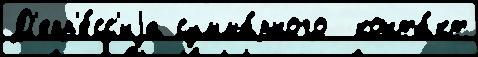
Д'епр'е́сс'иjа сумма́рного  конта́кт